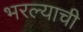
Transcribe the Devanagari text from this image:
भरल्याची